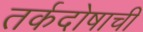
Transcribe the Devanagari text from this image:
तर्कदोषाची